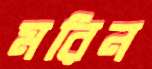
মরিন